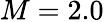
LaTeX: M=2.0